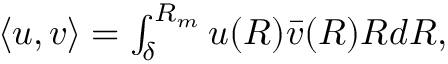
\begin{array} { r } { \langle u , v \rangle = \int _ { \delta } ^ { R _ { m } } u ( R ) \bar { v } ( R ) R d R , } \end{array}